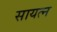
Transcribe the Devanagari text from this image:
सायत्न